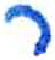
אות: ר